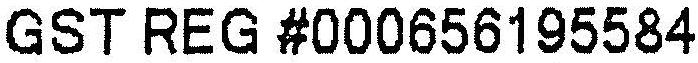
GST REG #000656195584